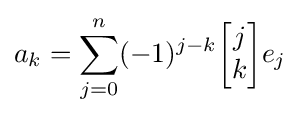
a_{k}=\sum _{j=0}^{n}(-1)^{j-k}{\begin{bmatrix}j\\k\end{bmatrix}}e_{j}